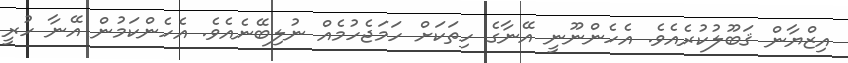
އިޒްޔާން ޤަބޫލުކުރެއެވެ. އެހެންނޫނީ އޭނާގެ ހިތަކަށް ހަމަޖެހުމެއް ނުލިބޭނެއެވެ. އެހެންކަމުން އޭނާ ހުރީ